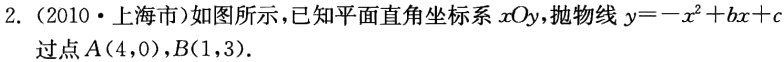
2. （2010·上海市）如图所示，已知平面直角坐标系\(xOy\)，抛物线\(y = -x^{2}+bx + c\)过点\(A(4,0)\)，\(B(1,3)\)。